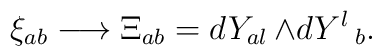
\xi_{ab}\longrightarrow \Xi_{ab}=dY_{al}\,{\wedge}{dY^{l}\,_{b}}.